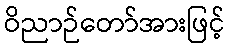
ဝိညာဉ်တော်အားဖြင့်